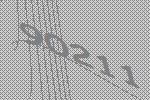
90211